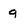
Character: 9